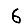
Digit: 6